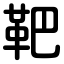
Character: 靶